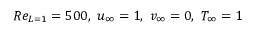
R e _ { L = 1 } = 5 0 0 , ~ u _ { \infty } = 1 , ~ v _ { \infty } = 0 , ~ T _ { \infty } = 1